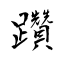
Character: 躦